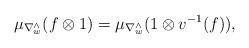
LaTeX: \begin{align*}\mu_{\nabla^\wedge_w}(f \otimes 1) = \mu_{\nabla^\wedge_w}(1 \otimes v^{-1}(f)),\end{align*}